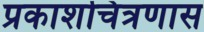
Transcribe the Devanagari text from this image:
प्रकाशचित्रणास